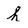
Character: h